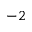
^ { - 2 }